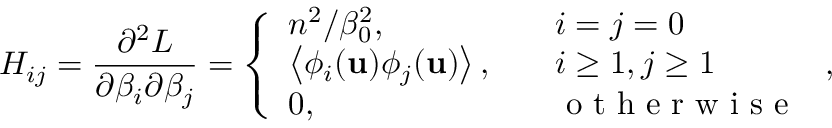
H _ { i j } = \frac { \partial ^ { 2 } L } { \partial \beta _ { i } \partial \beta _ { j } } = \left\{ \begin{array} { l l } { n ^ { 2 } / \beta _ { 0 } ^ { 2 } , \quad } & { i = j = 0 } \\ { \left< \phi _ { i } ( \mathbf { u } ) \phi _ { j } ( \mathbf { u } ) \right> , \quad } & { i \ge 1 , j \ge 1 } \\ { 0 , \quad } & { \mathrm { ~ o ~ t ~ h ~ e ~ r ~ w ~ i ~ s ~ e ~ } } \end{array} \right. ,